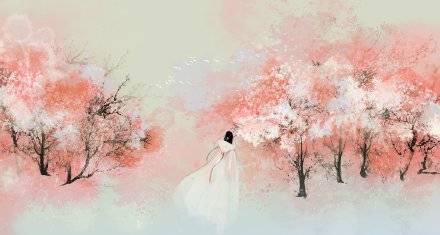
满罗衫是酒，香痕凝处，唾碧啼红相半。